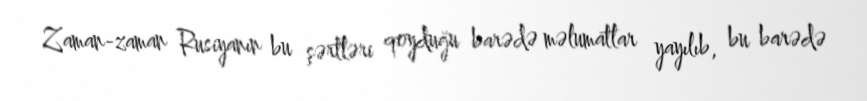
Zaman-zaman Rusiyanın bu şərtləri qoyduğu barədə məlumatlar yayılıb, bu barədə